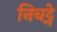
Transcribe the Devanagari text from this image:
निबट्ने